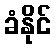
ခံနိုင်